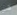
في